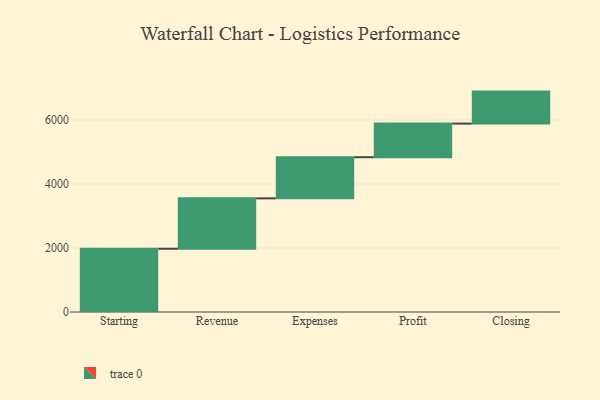
{"axis": {"x": "Step", "y": "Value"}, "legend": [""], "data": [{"x": "Starting", "y": 1976.0, "type": ""}, {"x": "Revenue", "y": 1575.0, "type": ""}, {"x": "Expenses", "y": 1286.0, "type": ""}, {"x": "Profit", "y": 1050.0, "type": ""}, {"x": "Closing", "y": 1000, "type": ""}]}